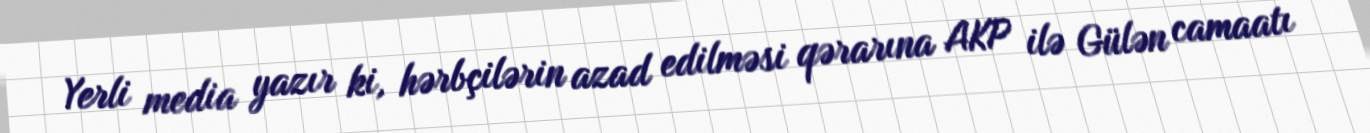
Yerli media yazır ki, hərbçilərin azad edilməsi qərarına AKP ilə Gülən camaatı